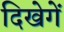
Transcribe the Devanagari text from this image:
दिखेगें